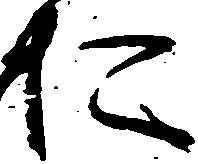
お